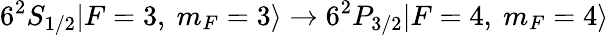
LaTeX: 6^{2}S_{1/2}|F=3,\ m_{F}=3\rangle\rightarrow 6^{2}P_{3/2}|F=4,\ m_{F}=4\rangle